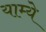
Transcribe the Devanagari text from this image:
याम्ये